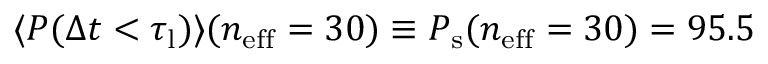
\langle P ( \Delta t < \tau _ { \mathrm { l } } ) \rangle ( n _ { \mathrm { e f f } } = 3 0 ) \equiv P _ { \mathrm { s } } ( n _ { \mathrm { e f f } } = 3 0 ) = 9 5 . 5 \